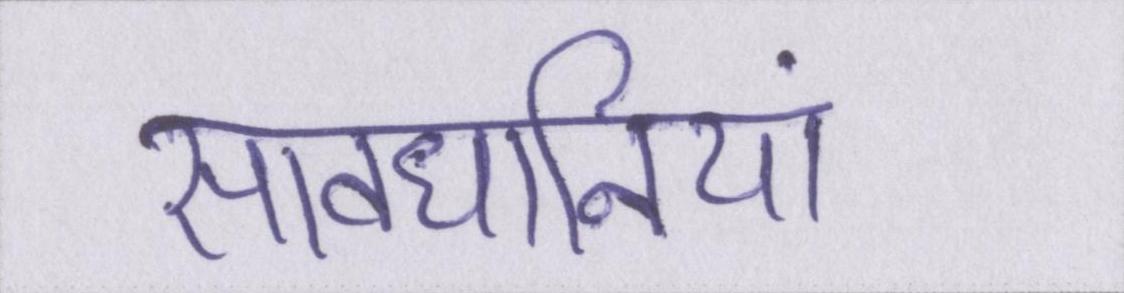
सावधानियां